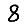
Digit: 8